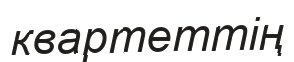
квартеттің